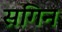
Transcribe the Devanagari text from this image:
सगिन